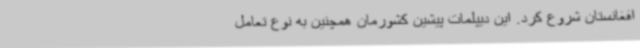
افغانستان شروع کرد. این دیپلمات پیشین کشورمان همچنین به نوع تعامل